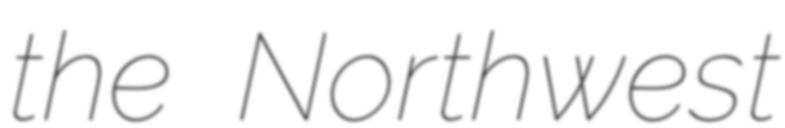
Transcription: the Northwest